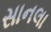
સાનલા